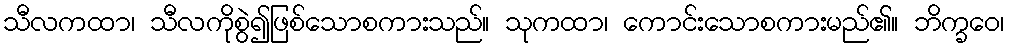
သီလကထာ၊ သီလကိုစွဲ၍ဖြစ်သောစကားသည်။ သုကထာ၊ ကောင်းသောစကားမည်၏။ ဘိက္ခဝေ၊